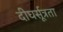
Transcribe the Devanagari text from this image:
दीघर्सूत्रता